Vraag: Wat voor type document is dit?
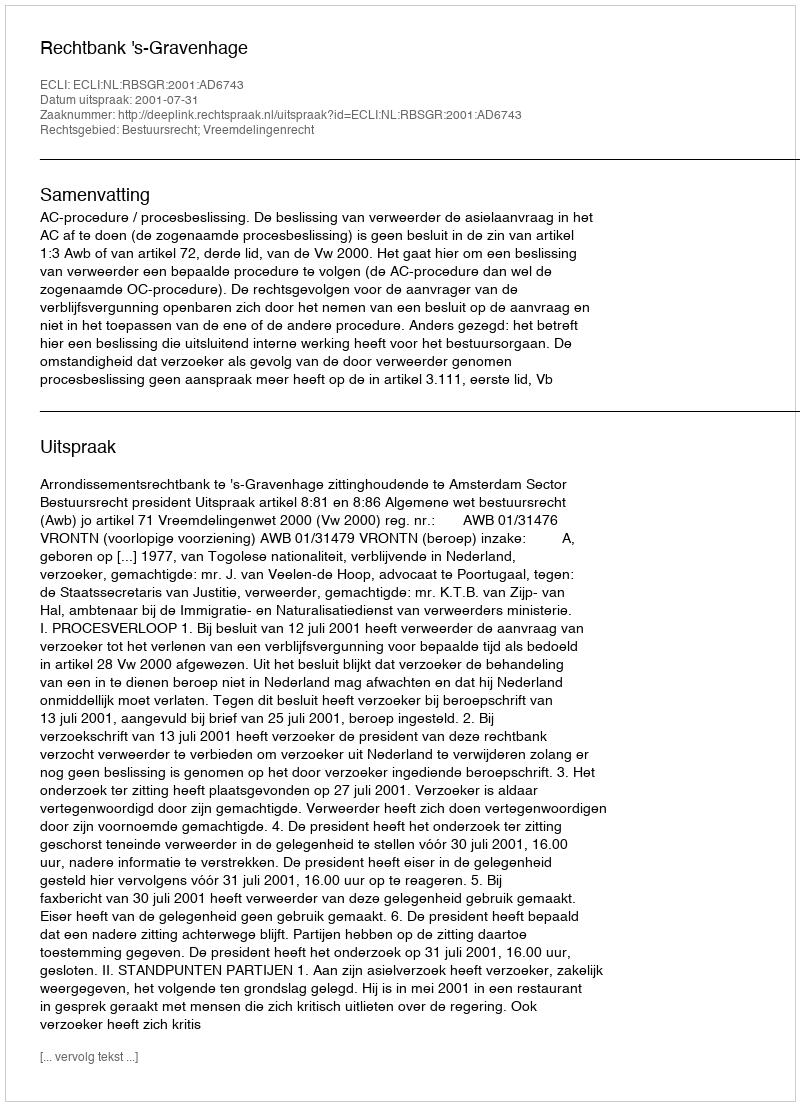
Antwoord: Uitspraak